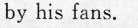
by his fans.